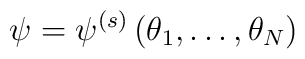
\psi =\psi ^{(s)}\left( \theta _{1},\dots ,\theta _{N}\right)